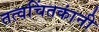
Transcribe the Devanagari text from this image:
तत्वचिंतकांनी